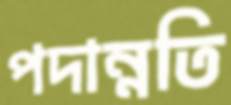
পদান্নতি